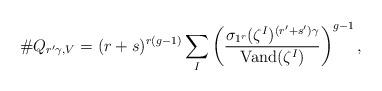
LaTeX: \begin{align*}\# Q_{r'\gamma,V} = (r+s)^{r(g-1)} \sum_I \left( \frac{\sigma_{1^r}(\zeta^I)^{(r'+s')\gamma}}{\mathrm{Vand}(\zeta^I)}\right)^{g-1},\end{align*}